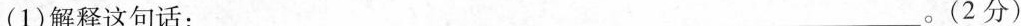
(1)解释这句话：___。(2分)